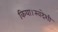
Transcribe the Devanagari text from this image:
किया।स्वदेशी